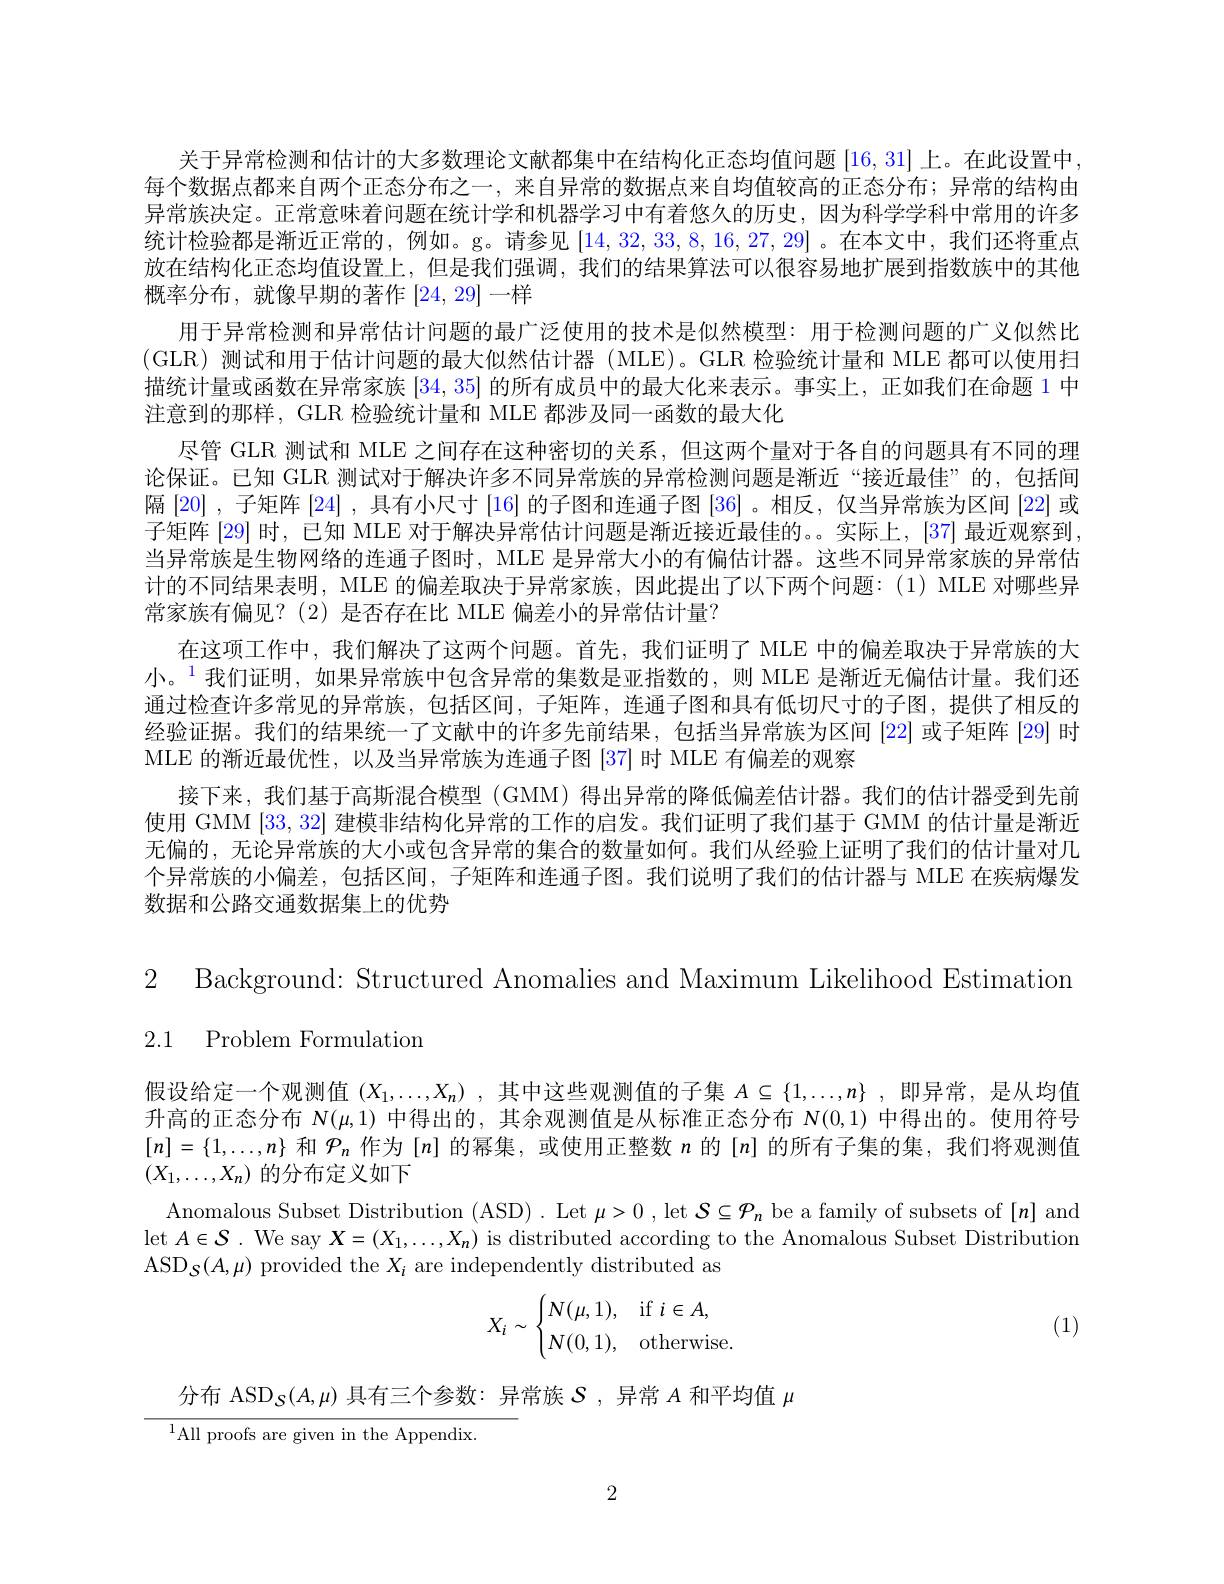
关于异常检测和估计的大多数理论文献都集中在结构化正态均值问题[16,31]上。在此设置中每个数据点都来自两个正态分布之一 , 来自异常的数据点来自均值较高的正态分布；异常的结构由异常族决定。正常意味着问题在统计学和机器学习中有着悠久的历史，因为科学学科中常用的许多统计检验都是渐近正常的，例如。g。请参见[14,32,33,8,16,27,29] 。在本文中，我们还将重点放在结构化正态均值设置上，但是我们强调，我们的结果算法可以很容易地扩展到指数族中的其他概率分布，就像早期的著作[24,29]一样
用于异常检测和异常估计问题的最广泛使用的技术是似然模型：用于检测问题的广义似然比(GLR)测试和用于估计问题的最大似然估计器(MLE)。GLR 检验统计量和 MLE 都可以使用扫描统计量或函数在异常家族[34,35]的所有成员中的最大化来表示。事实上，正如我们在命题 1 中注意到的那样，GLR 检验统计量和 MLE 都涉及同一函数的最大化
尽管 GLR 测试和 MLE 之间存在这种密切的关系，但这两个量对于各自的问题具有不同的理论保证。已知 GLR 测试对于解决许多不同异常族的异常检测问题是渐近“接近最佳”的，包括间隔[20] ,子矩阵[24] ,具有小尺寸[16]的子图和连通子图[36] 。相反，仅当异常族为区间[22]或子矩阵 $\left[29\right]$时，已知 MLE 对于解决异常估计问题是渐近接近最佳的。。实际上，$\left[37\right]$ 最近观察到. 当异常族是生物网络的连通子图时，MLE 是异常大小的有偏估计器。这些不同异常家族的异常估计的不同结果表明，MLE 的偏差取决于异常家族，因此提出了以下两个问题：(1) MLE 对哪些异常家族有偏见？(2)是否存在比 MLE 偏差小的异常估计量？
在这项工作中，我们解决了这两个问题。首先，我们证明了 MLE 中的偏差取决于异常族的大小。$^{\color{red}{1}}$我们证明，如果异常族中包含异常的集数是亚指数的，则 MLE 是渐近无偏估计量。我们还通过检查许多常见的异常族，包括区间，子矩阵，连通子图和具有低切尺寸的子图，提供了相反的经验证据。我们的结果统一了文献中的许多先前结果，包括当异常族为区间 [22] 或子矩阵 [29] 时MLE 的渐近最优性，以及当异常族为连通子图[37]时 MLE 有偏差的观察
接下来，我们基于高斯混合模型 (GMM) 得出异常的降低偏差估计器。我们的估计器受到先前使用 GMM (33,32)建模非结构化异常的工作的启发。我们证明了我们基于 GMM 的估计量是渐近无偏的，无论异常族的大小或包含异常的集合的数量如何。我们从经验上证明了我们的估计量对几个异常族的小偏差，包括区间，子矩阵和连通子图。我们说明了我们的估计器与 MLE 在疾病爆发数据和公路交通数据集上的优势

2 Background: Structured Anomalies and Maximum Likelihood Estimation
2.1 Problem Formulation

假设给定一个观测值$(X_1,\ldots,X_n)$ ,其中这些观测值的子集$A\subseteq\{1,\ldots,n\}$ ,即异常，是从均值升高的正态分布$N(\mu,1)$中得出的，其余观测值是从标准正态分布$N(0,1)$中得出的。使用符号$[n]=\{1,\ldots,n\}$和$\mathcal{P}_n$作为$[n]$的幂集，或使用正整数$n$的$[n]$的所有子集的集，我们将观测值$(X_1,\ldots,X_n)$的分布定义如下
Anomalous Subset Distribution (ASD) . Let $\mu>0$ , let $\mathcal{S}\subseteq\mathcal{P}_n$ be a family of subsets of [n] and let $A\in\mathcal{S}.$ We say $X=(X_1,\ldots,X_n)$ is distributed according to the Anomalous Subset Distribution $\mathrm{ASD}_{\mathcal{S}}(A,\mu)$ provided the $X_i$ are independently distributed as
$$X_i\sim\begin{cases}N(\mu,1),&\text{if}i\in A,\\N(0,1),&\text{otherwise.}\end{cases}$$
(1)

分布 ASD$_{\mathcal{S}}(A,\mu)$具有三个参数：异常族$\mathcal{S}$ ,异常$A$和平均值$\mu$
${}^{1}{\mathrm{All~proofs~are~given~in~the~Appendix.}}$

2